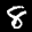
Label: 8